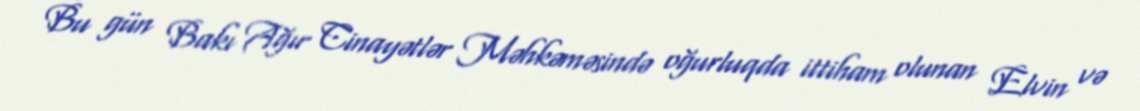
Bu gün Bakı Ağır Cinayətlər Məhkəməsində oğurluqda ittiham olunan Elvin və